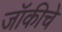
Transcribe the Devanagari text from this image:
जॉकीचे